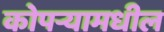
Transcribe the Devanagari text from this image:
कोपर्‍यामधील